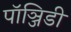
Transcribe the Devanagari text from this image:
पॉञ्जिडी